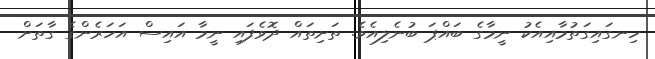
ހިނގައިގަތުމާއިއެކު ނީމާގެ ބައްޕަ ބުނެލިއެވެ. ތަށިތައް ދޮވެފައި ނީމާ އައިސް އަހަރެންގެ ގާތަށް